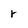
Character: r